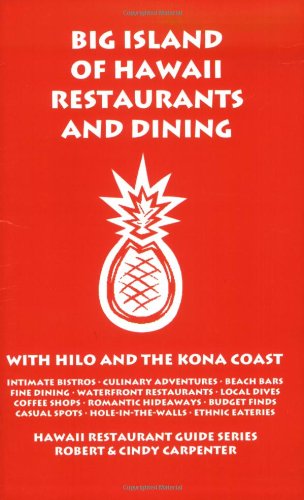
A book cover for Big Island of Hawaii Restaurants and Dining with Hilo and the Kona Coast; Robert Carpenter; Travel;